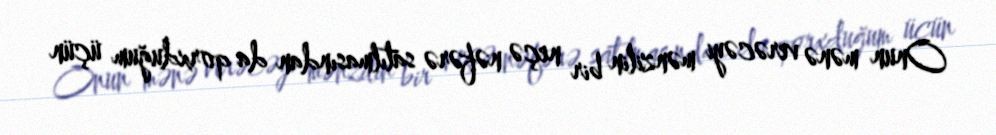
Onun mənə verəcəyi mənzilin bir neçə nəfərə satılmasından da qorxduğum üçün